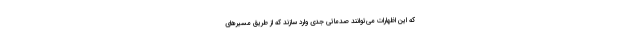
که این اظهارات می‌توانند صدماتی جدی وارد سازند که از طریق مسیرهای